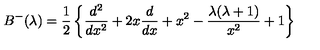
B ^ { - } ( \lambda ) = { \frac { 1 } { 2 } } \left\{ { \frac { d ^ { 2 } } { d x ^ { 2 } } } + 2 x { \frac { d } { d x } } + x ^ { 2 } - { \frac { \lambda ( \lambda + 1 ) } { x ^ { 2 } } } + 1 \right\}